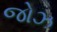
જોઝ